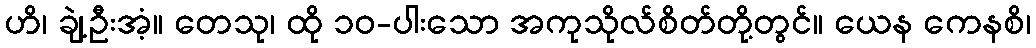
ဟိ၊ ချဲ့ဦးအံ့။ တေသု၊ ထို ၁၀-ပါးသော အကုသိုလ်စိတ်တို့တွင်။ ယေန ကေနစိ၊